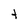
Character: t